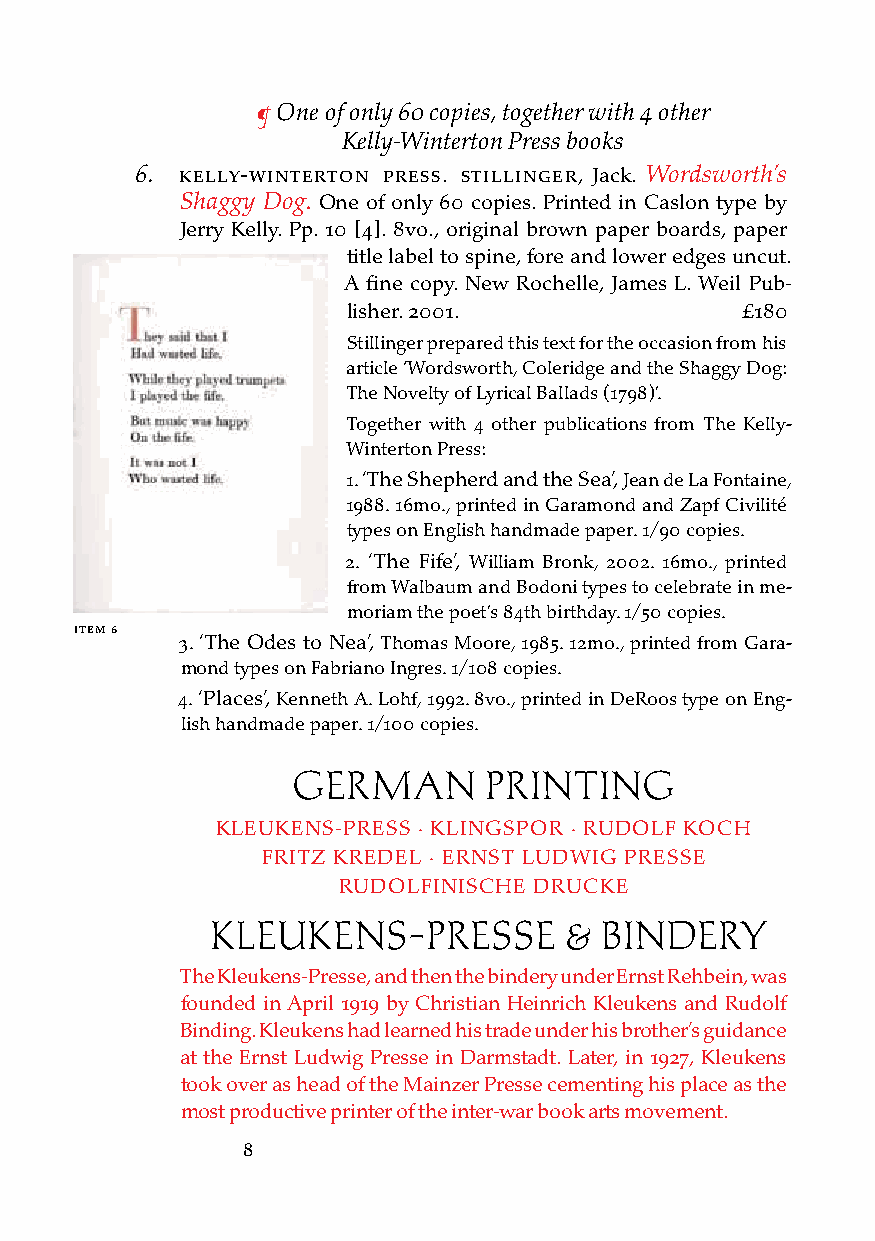
¶ One of only 60 copies, together with 4 other
 Kelly-Winterton Press books
 6. kelly-Winterton Press. stillinger, Jack. Wordsworth’s
 Shaggy Dog. One of only 60 copies. Printed in Caslon type by
 Jerry Kelly. Pp. 10 [4]. 8vo., original brown paper boards, paper
 title label to spine, fore and lower edges uncut.
 A fine copy. New Rochelle, James L. Weil Pub-
 lisher. 2001.             £180
 Stillinger prepared this text for the occasion from his
 article ‘Wordsworth, Coleridge and the Shaggy Dog:
 The Novelty of Lyrical Ballads (1798)’.
 Together with 4 other publications from The Kelly-
 Winterton Press:
 1. ‘The Shepherd and the Sea’, Jean de La Fontaine,
 1988. 16mo., printed in Garamond and Zapf Civilité
 types on English handmade paper. 1/90 copies.
 2. ‘The Fife’, William Bronk, 2002. 16mo., printed
 from Walbaum and Bodoni types to celebrate in me-
 moriam the poet’s 84th birthday. 1/50 copies.
 iteM 6
 3. ‘The Odes to Nea’, Thomas Moore, 1985. 12mo., printed from Gara-
 mond types on Fabriano Ingres. 1/108 copies.
 4. ‘Places’, Kenneth A. Lohf, 1992. 8vo., printed in DeRoos type on Eng-
 lish handmade paper. 1/100 copies.
 GERMAN       PRINTING
 KLEUKENS-PRESS · KLINGSPOR · RUDOLF KOCH
 FRITZ KREDEL · ERNST LUDWIG PRESSE
 RUDOLFINISCHE DRUCKE
 KLEUKENS-PRESSE        &  BINDERY
 The Kleukens-Presse, and then the bindery under Ernst Rehbein, was
 founded in April 1919 by Christian Heinrich Kleukens and Rudolf
 Binding. Kleukens had learned his trade under his brother’s guidance
 at the Ernst Ludwig Presse in Darmstadt. Later, in 1927, Kleukens
 took over as head of the Mainzer Presse cementing his place as the
 most productive printer of the inter-war book arts movement.
 8